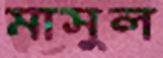
মাসুল